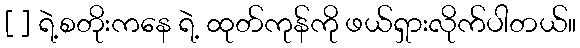
[ ] ရဲ့စတိုးကနေ ရဲ့ ထုတ်ကုန်ကို ဖယ်ရှားလိုက်ပါတယ်။